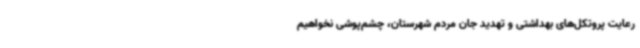
رعایت پروتکل‌های بهداشتی و تهدید جان مردم شهرستان، چشم‌پوشی نخواهیم